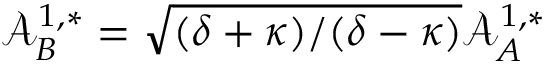
\mathcal { A } _ { B } ^ { 1 , * } = \sqrt { ( \delta + \kappa ) / ( \delta - \kappa ) } \mathcal { A } _ { A } ^ { 1 , * }